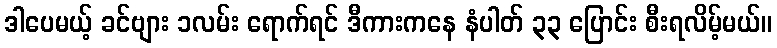
ဒါပေမယ့် ခင်ဗျား ၁လမ်း ရောက်ရင် ဒီကားကနေ နံပါတ် ၃၃ ပြောင်း စီးရလိမ့်မယ်။